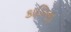
કાલિનૢ